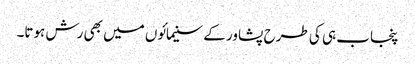
پنجاب ہی کی طرح پشاور کے سنیمائوں میں بھی رش ہوتا۔